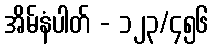
အိမ်နံပါတ် - ၁၂၃/၄၅၆